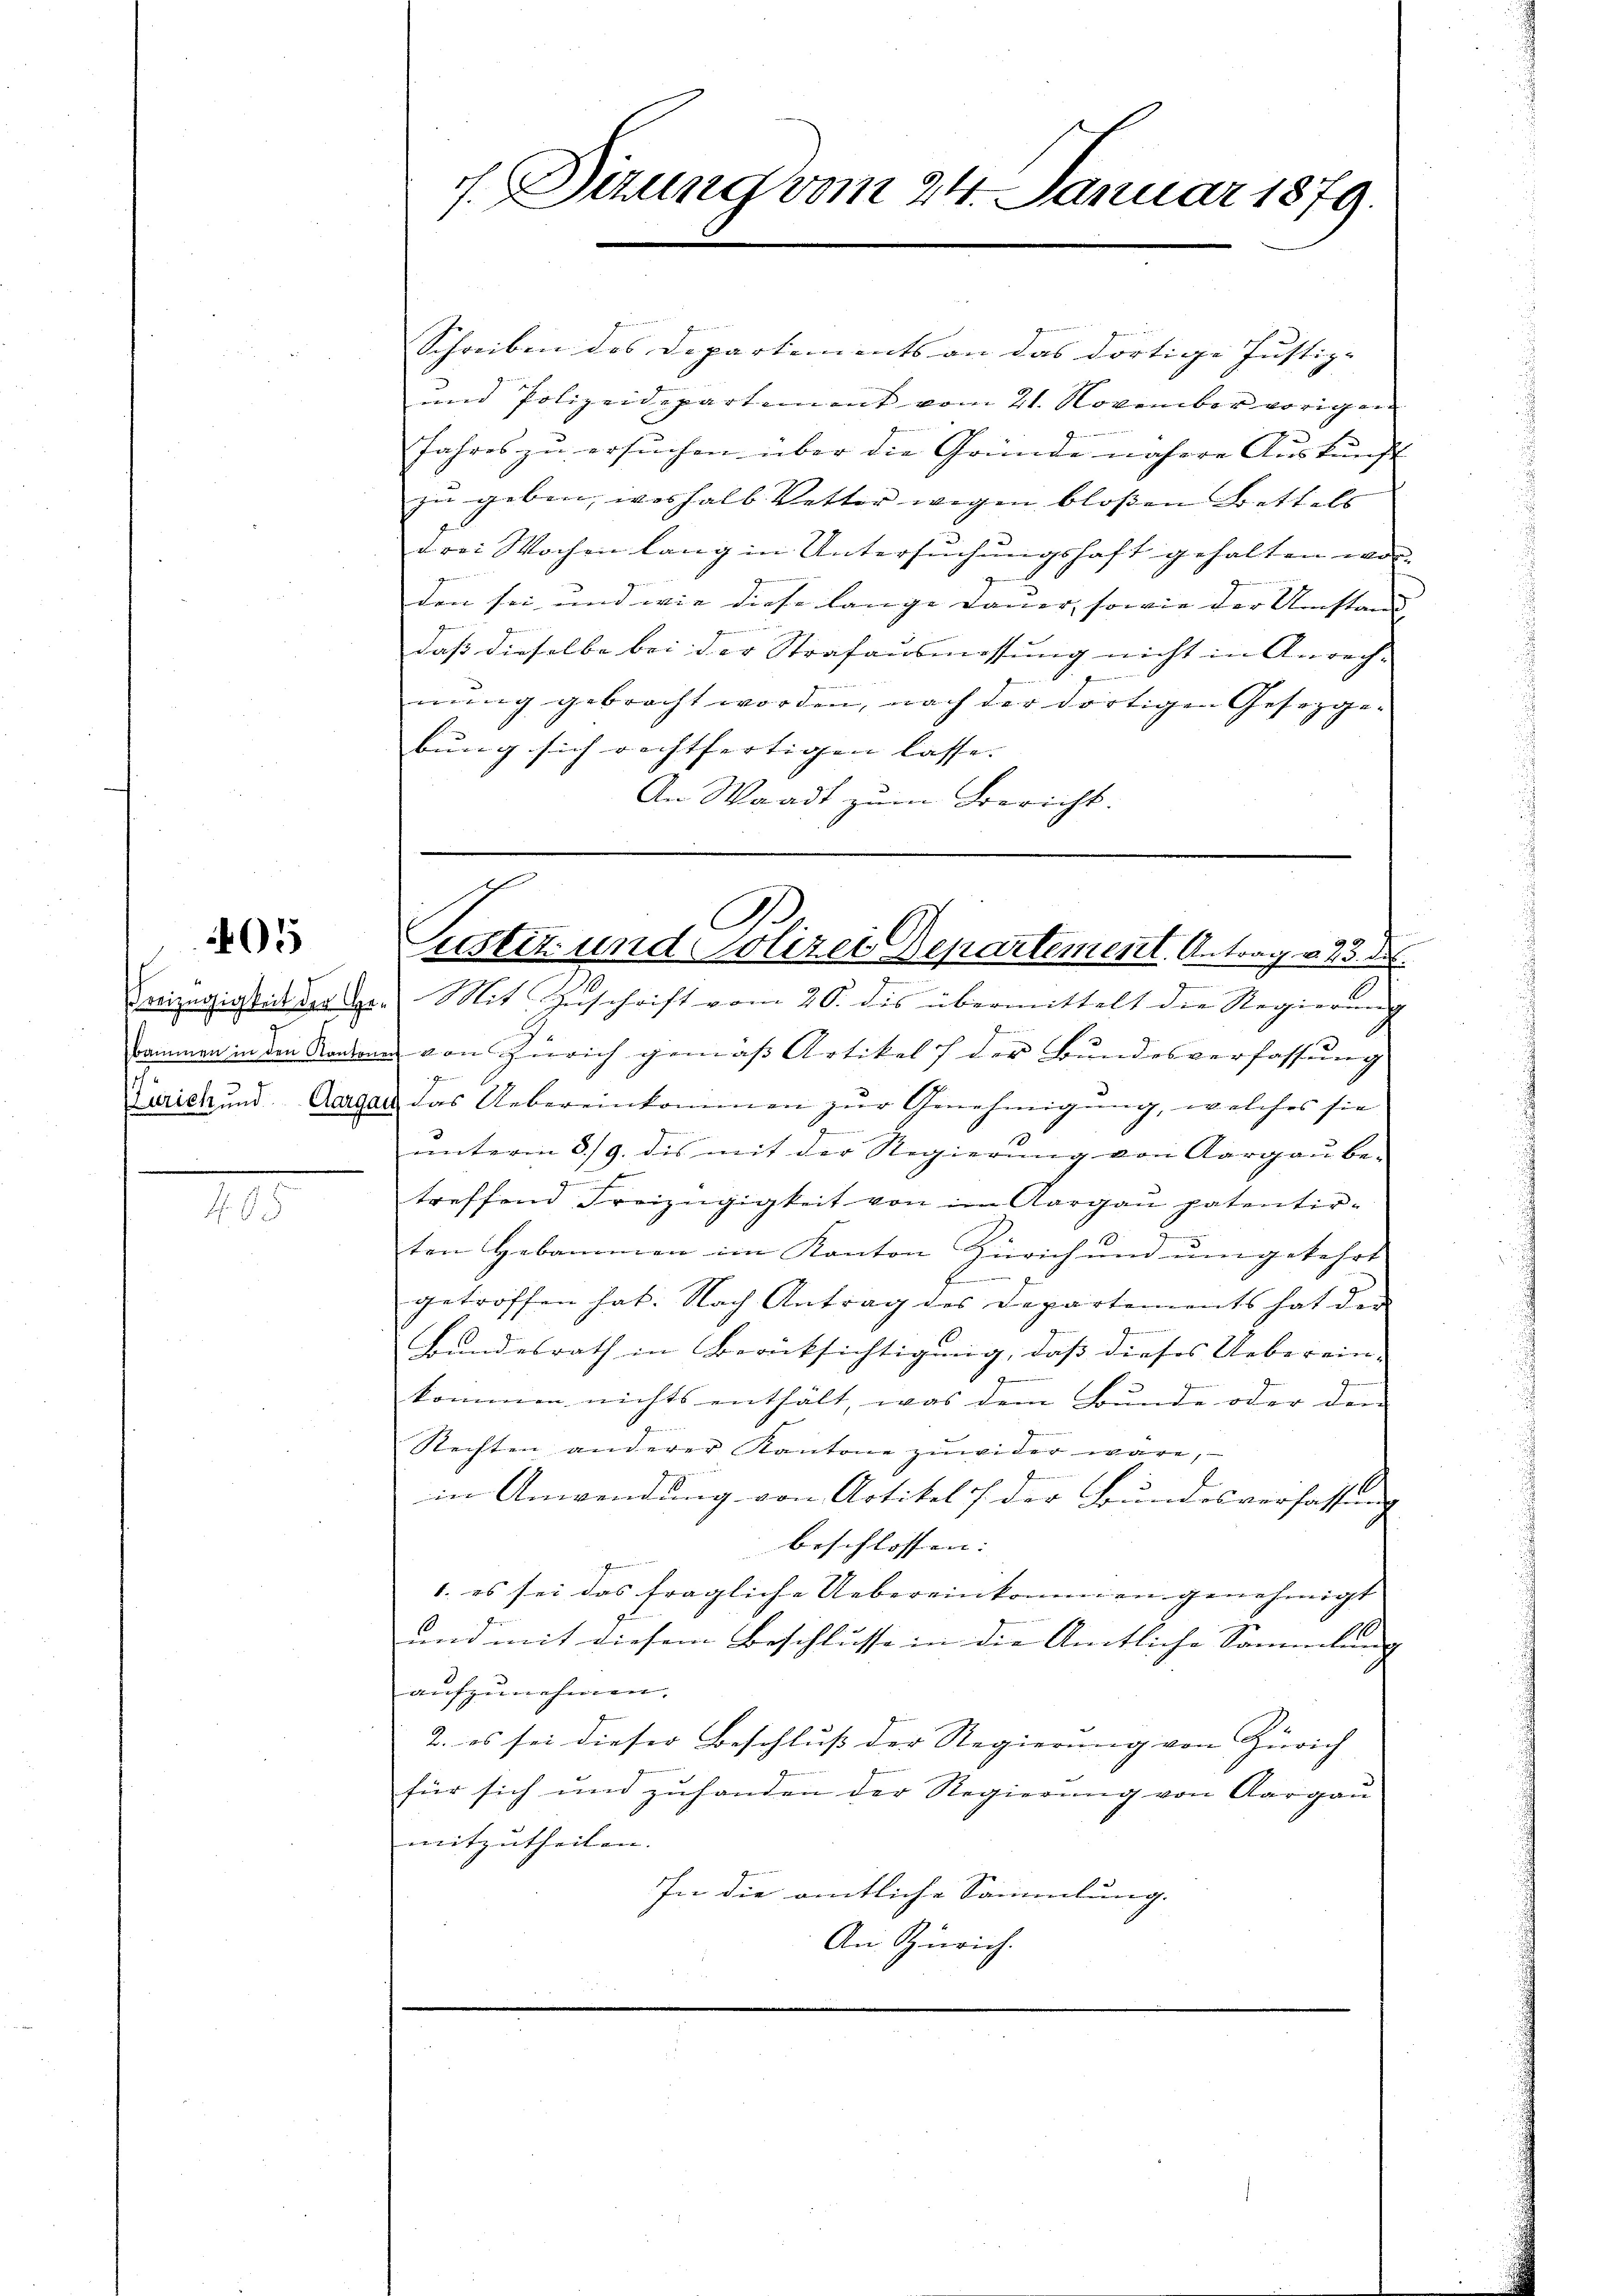
05

Beizügigkeit der Ge
bammen in den Kanton
Zürich und Aarg

495

7. Sizung vom 24. Januar 1879.

.
Schreiben des Departements an das dortige Justiz- |
und Polizeidepartement vom 21. November vorigen
Jahres zu ersuchen über die Gründe nähere Auskunft
zu geben, weshalb Vetter wegen bloßen Bettels
drei Wochen lang in Untersuchungshaft gehalten wor-
g
den sei und wie diese lange Dauer, sowie der Umstand
daß dieselbe bei der Strafausmessung nicht in Anrech-
nung gebracht worden, nach der dortigen Gesetzgebung sich rechtfertigen lasse.
An Waadt zum Bericht.

A
vo
Justiz- und Polizei Departement. Antrag u. 45. d.

Mit Zuschrift vom 20. des übermittelt die Regierung
 von Zürich gemäß Artikel der Bundesverfassung
7
ad das Uebereinkommen zur Genehmigung, welches sie
unterm 8./9. dis mit der Regierung von Aargau be-
au
treffend Freizügigkeit von im Aargau patentirten Hebammen im Kanton Zürich und ŭmgekehrt
.
getroffen hat. Nach Antrag des Departements hat der
Bundesrath in Berücksichtigung, daß dieses Ueberein-
G
kommen nichts enthält, was dem Bunde oder den
Rechten anderer Kantone zuwider wäre,
in Anwendung von Artikel der Bundesverfassung
beschlossen: |
1. es sei das fragliche Uebereinkommen genehmigt
und mit diesem Beschlusse in die Amtliche Sammlung |
aufzunehmen.
2. es sei dieser Beschluß der Regierung von Zürich
für sich und zuhanden der Regierung von Aargau
mitzutheilen.
In die amtliche Sammlung.
An Zürich.